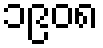
၁၉၀၈